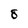
Character: 8